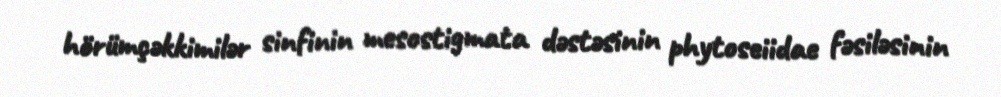
hörümçəkkimilər sinfinin mesostigmata dəstəsinin phytoseiidae fəsiləsinin